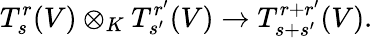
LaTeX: T_{s}^{r}(V)\otimes_{K}T_{s^{\prime}}^{r^{\prime}}(V)\to T_{s+s^{\prime}}^{r+r^{\prime}}(V).